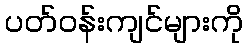
ပတ်ဝန်းကျင်များကို